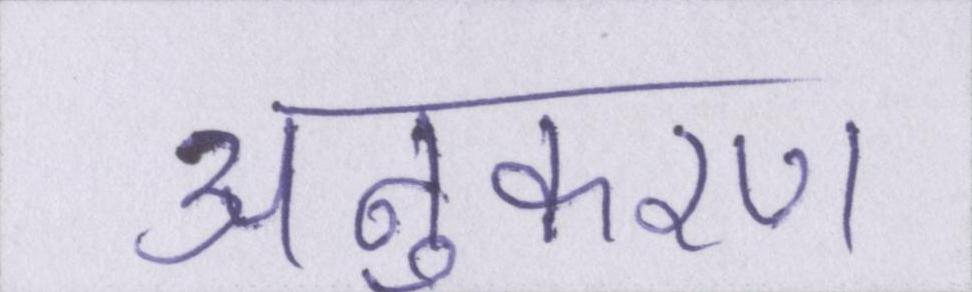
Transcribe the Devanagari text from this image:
अनुकरण